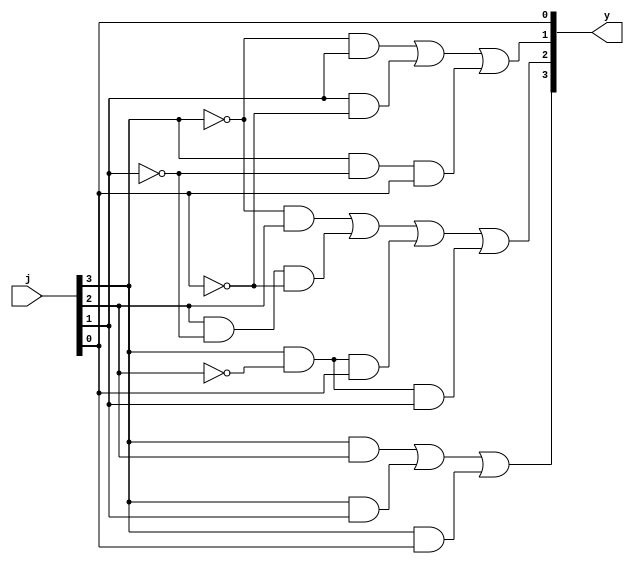
/* ----- ----- ----- ----- ----- -----
	Design: 4bit sign-magnitude to 2's complement
			By using primitives
 	Filename: sm_to_2comp_4bit.v
	Coder: Gabriel Maruschi
 	Versions: /july_2024/
	----- ----- ----- ----- ----- -----
*/ 

module sm_to_2comp(y, j);
  output [3:0] y;
  input [3:0] j;
  
  assign y [3] = (j [3] & j [2]) | (j [3] & j [1]) | (j [3] & j [0]);
  assign y [2] = ((~ j [3]) & j [2]) | (j [2] & (~ j [1]) & (~ j [0])) | (j [3] & (~ j[2]) & j [0]) | (j [3] & (~ j [2]) & j [1]);
  assign y [1] = ((~ j [3]) & j [1]) | (j [1] & (~ j [0])) | (j [3] & (~ j [1]) & j [0]);
  assign y [0] = j [0];
endmodule